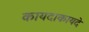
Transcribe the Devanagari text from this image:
कायदाकायदे